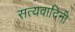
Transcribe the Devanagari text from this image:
सत्यवादिनी